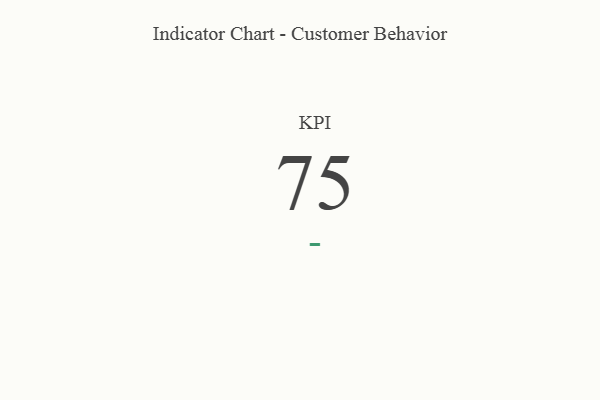
{"axis": {"x": "KPI", "y": "Value"}, "legend": [""], "data": [{"x": "KPI", "y": 75, "type": ""}]}